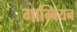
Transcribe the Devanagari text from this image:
गाम्बियन